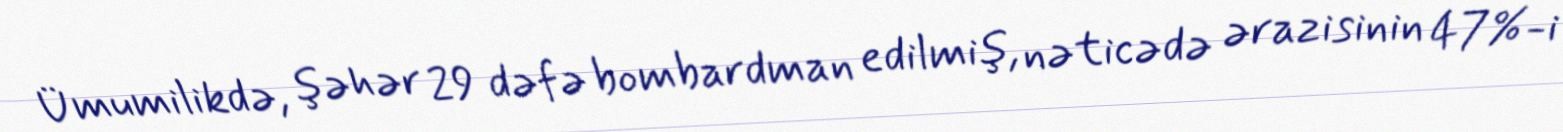
Ümumilikdə, şəhər 29 dəfə bombardman edilmiş, nəticədə ərazisinin 47%-i